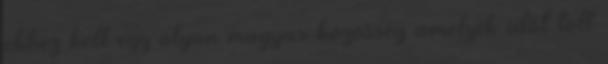
ehhez kell egy olyan magyar közösség amelyik időt tölt